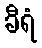
ခီရံ